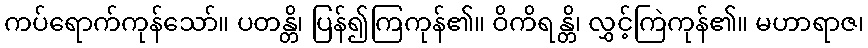
ကပ်ရောက်ကုန်သော်။ ပတန္တိ၊ ပြန်၍ကြကုန်၏။ ဝိကိရန္တိ၊ လွှင့်ကြဲကုန်၏။ မဟာရာဇ၊